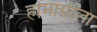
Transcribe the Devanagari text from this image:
होमाग्नीला